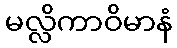
မလ္လိကာဝိမာနံ